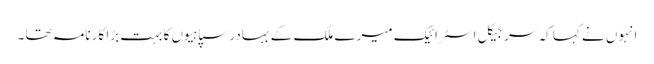
انہوں نے کہا کہ سرجیکل اسٹرائیک میرے ملک کے بہادر سپاہیوں کا بہت بڑا کارنامہ تھا ۔